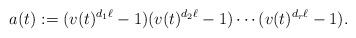
LaTeX: \begin{align*} a(t):=(v(t)^{d_1\ell}-1)(v(t)^{d_2\ell}-1)\cdots(v(t)^{d_r\ell}-1). \end{align*}